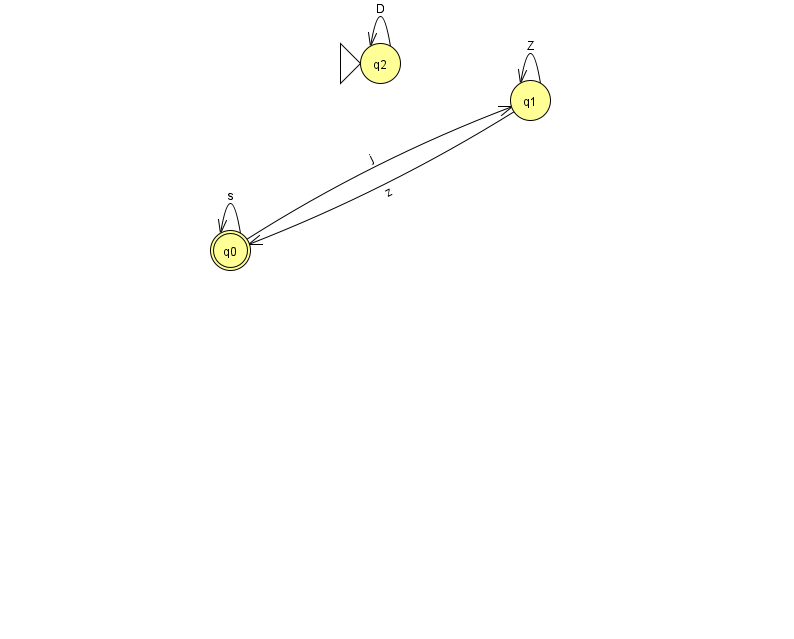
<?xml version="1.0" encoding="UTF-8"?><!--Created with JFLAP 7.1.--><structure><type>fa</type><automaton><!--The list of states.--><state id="0" name="q0"><x>230.0</x><y>237.0</y><final/></state><state id="1" name="q1"><x>530.0</x><y>87.0</y></state><state id="2" name="q2"><x>380.0</x><y>50.0</y><initial/></state><!--The list of transitions.--><transition><from>0</from><to>0</to><read>s</read></transition><transition><from>2</from><to>2</to><read>D</read></transition><transition><from>0</from><to>1</to><read>j</read></transition><transition><from>1</from><to>0</to><read>z</read></transition><transition><from>1</from><to>1</to><read>Z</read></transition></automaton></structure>